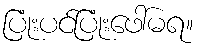
ပြုံးပင်ပြုံးဖေါ်မရ။